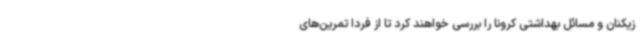
زیکنان و مسائل بهداشتی کرونا را بررسی خواهند کرد تا از فردا تمرین‌های